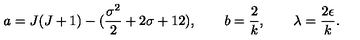
a = J ( J + 1 ) - ( { \frac { \sigma ^ { 2 } } { 2 } } + 2 \sigma + 1 2 ) , \qquad b = { \frac { 2 } { k } } , \qquad \lambda = { \frac { 2 \epsilon } { k } } .